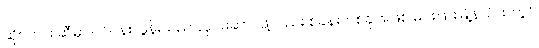
ဆိုင်ဟား ဆီမှာ ပင်ပန်းလွန်းသည် လုပ်ဆောင်ဖို့လည်း စခန်းတစ်ခုအဖြစ် မင်းပြားမြို့နယ်ထဲတွင်